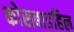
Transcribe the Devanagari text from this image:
कोसबाडहिल